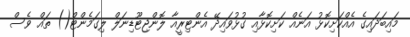
މައިބަދައިގެ އެއްކަށިކޮޅު އަނެއް ކަށިކޮޅާއި ގުޅުވައިދޭ އެންޓިރީއާ ލޮންޖިޓޫޑިނަލް ލިގަމެންޓް() ތައް ވެސް